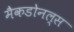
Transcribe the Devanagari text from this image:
मैकडोनल्स